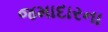
જમાદારના